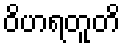
ဝိဟရတူတိ